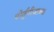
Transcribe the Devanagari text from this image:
पोर्तुगीजाच्या